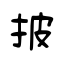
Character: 披